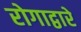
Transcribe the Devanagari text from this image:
रोगाद्वारे